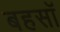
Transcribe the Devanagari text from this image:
बहसॉ